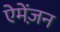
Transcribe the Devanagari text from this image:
ऐमेंज़न